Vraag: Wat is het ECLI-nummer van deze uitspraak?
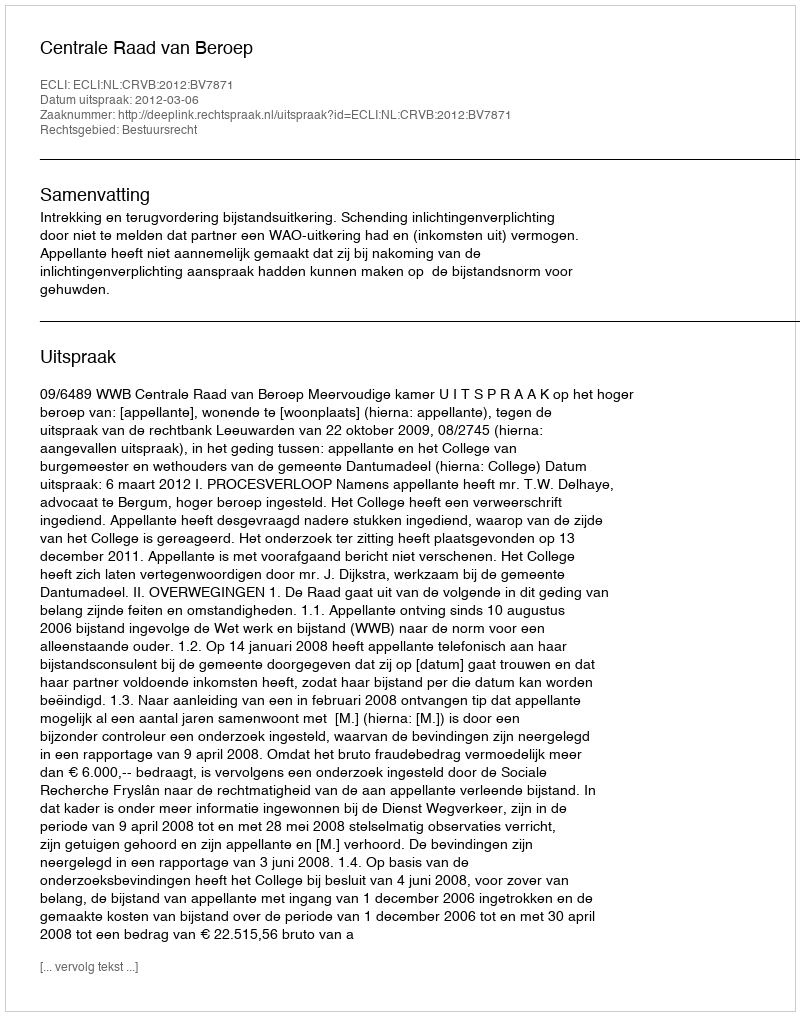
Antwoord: ECLI:NL:CRVB:2012:BV7871